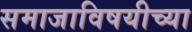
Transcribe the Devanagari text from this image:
समाजाविषयीच्या